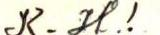
K. H.!